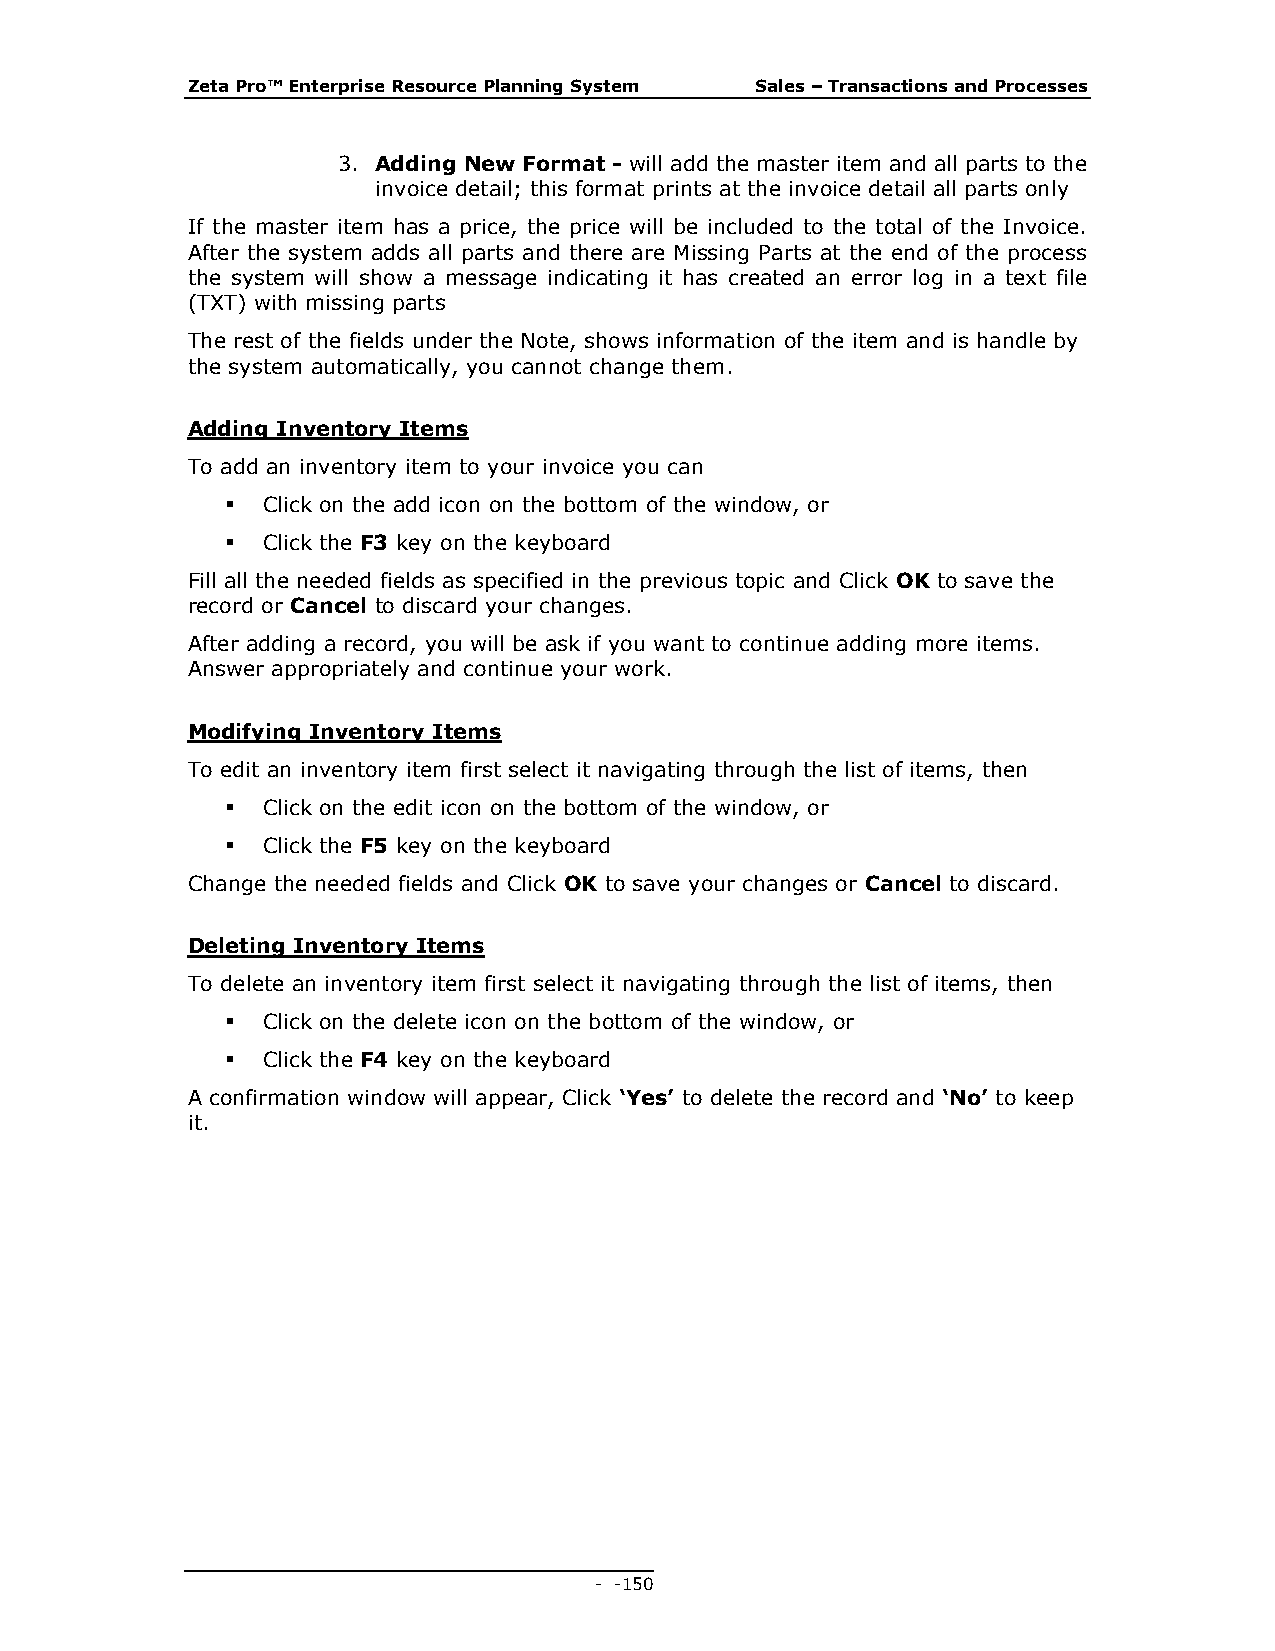
Zeta Pro™ Enterprise Resource Planning System Sales – Transactions and Processes
 3. Adding New Format - will add the master item and all parts to the
 invoice detail; this format prints at the invoice detail all parts only
 If the master item has a price, the price will be included to the total of the Invoice.
 After the system adds all parts and there are Missing Parts at the end of the process
 the system will show a message indicating it has created an error log in a text file
 (TXT) with missing parts
 The rest of the fields under the Note, shows information of the item and is handle by
 the system automatically, you cannot change them.
 Adding Inventory Items
 To add an inventory item to your invoice you can
  Click on the add icon on the bottom of the window, or
  Click the F3 key on the keyboard
 Fill all the needed fields as specified in the previous topic and Click OK to save the
 record or Cancel to discard your changes.
 After adding a record, you will be ask if you want to continue adding more items.
 Answer appropriately and continue your work.
 Modifying Inventory Items
 To edit an inventory item first select it navigating through the list of items, then
  Click on the edit icon on the bottom of the window, or
  Click the F5 key on the keyboard
 Change the needed fields and Click OK to save your changes or Cancel to discard.
 Deleting Inventory Items
 To delete an inventory item first select it navigating through the list of items, then
  Click on the delete icon on the bottom of the window, or
  Click the F4 key on the keyboard
 A confirmation window will appear, Click ‘Yes’ to delete the record and ‘No’ to keep
 it.
 - - 150